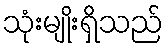
သုံးမျိုးရှိသည်